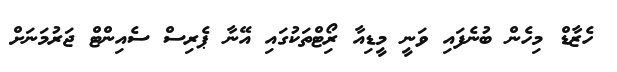
ހެޒާޑް މިހެން ބުނެފައި ވަނީ މީޑިއާ ރިޯޓްތަކުގައި އޭނާ ޕެރިސް ސެއިންޓް ޖަރުމަނަށް